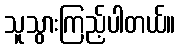
သူသွားကြည့်ပါတယ်။